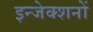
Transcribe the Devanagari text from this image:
इन्जेक्शनों